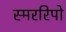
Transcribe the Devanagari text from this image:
स्मररिपो